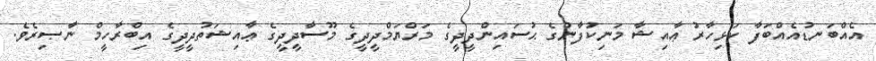
އެއްބަނޑުއެއްބަފާ ކަޅިހާރު ޢާއިޝާ މަނިކުފާނުގެ ޙުސައިންދީދީގެ މަރްޔަމްދީދީގެ މޫސާދީދީގެ ޢާއިޝަތުދީދީގެ އިބްރާހީމް ނާޞިރެވެ.